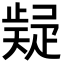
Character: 𭼃